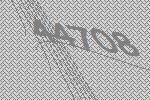
44708